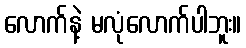
လောက်နဲ့ မလုံလောက်ပါဘူး။